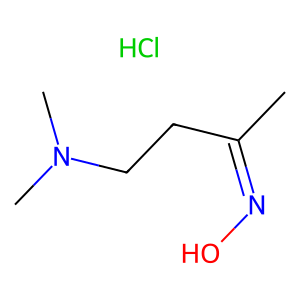
SMILES: CC(CCN(C)C)=NO.Cl
Inhibits HIV replication: No